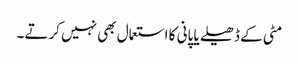
مٹی کے ڈھیلے یا پانی کا استعمال بھی نہیں کرتے۔